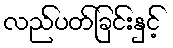
လည်ပတ်ခြင်းနှင့်